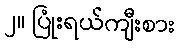
၂။ ပြုံးရယ်ကျီးစား